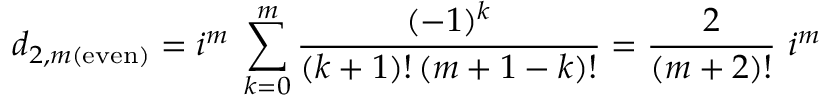
d _ { 2 , m ( \mathrm { e v e n } ) } = i ^ { m } \; \sum _ { k = 0 } ^ { m } { \frac { ( - 1 ) ^ { k } } { ( k + 1 ) ! \, ( m + 1 - k ) ! } } = { \frac { 2 } { ( m + 2 ) ! } } ~ i ^ { m }